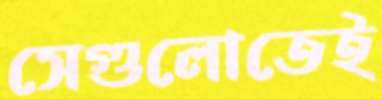
সেগুলোতেই